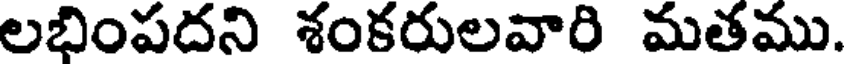
లభింపదని శంకరులవారి మతము.